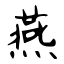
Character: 燕